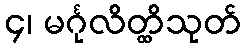
၄၊ မင်္ဂုလိတ္ထိသုတ်